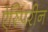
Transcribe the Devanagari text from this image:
ऐस्पिरीन